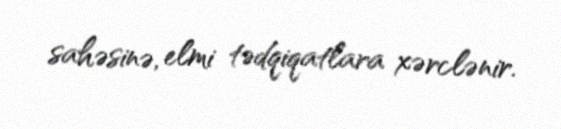
sahəsinə, elmi tədqiqatlara xərclənir.